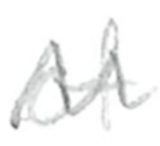
Text: of
Cross-out: zig-zag
Writing tool: pencil